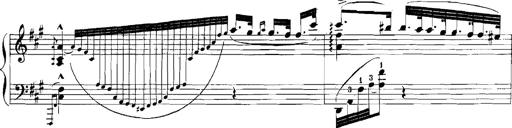
Title: Rhapsodies hongroises
Composer: Franz Liszt